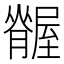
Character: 𦢢